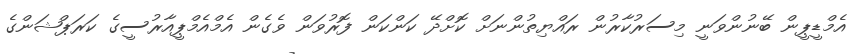
އެމްޑީޕީން ބޭނުންވަނީ މިސަރުކާރުން ރައްޔިތުންނަށް ކޮށްދޭ ކަންކަން ފޮރުވަން ވެގެން އެމްއެމްޕީއާރުސީގެ ކަރަޕްޝަންގެ